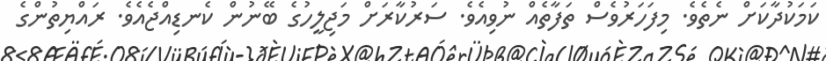
ކަމަކުދާކަށް ނެތެވެ. މިފަހަރުވެސް ތަފާތެއް ނުވިއެވެ. ސަރުކާރަށް މަޖިލީހުގެ ބޭނުން ކެނޑިއްޖެއެވެ. ރައްޔިތުންގެ